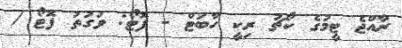
ރާއްޖެ ޓީމުގެ ކޯޗު ރިކީ ހާބަޓް - ފޮޓޯ: ވަގުތު ފޮޓޯ /